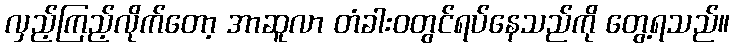
လှည့်ကြည့်လိုက်တော့ အာဆူလာ တံခါးဝတွင်ရပ်နေသည်ကို တွေ့ရသည်။